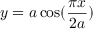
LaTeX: y = a \cos ( { \frac { \pi x } { 2 a } } )